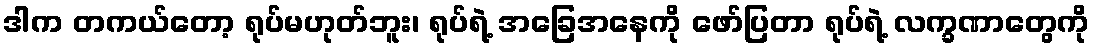
ဒါက တကယ်တော့ ရုပ်မဟုတ်ဘူး၊ ရုပ်ရဲ့ အခြေအနေကို ဖော်ပြတာ ရုပ်ရဲ့ လက္ခဏာတွေကို